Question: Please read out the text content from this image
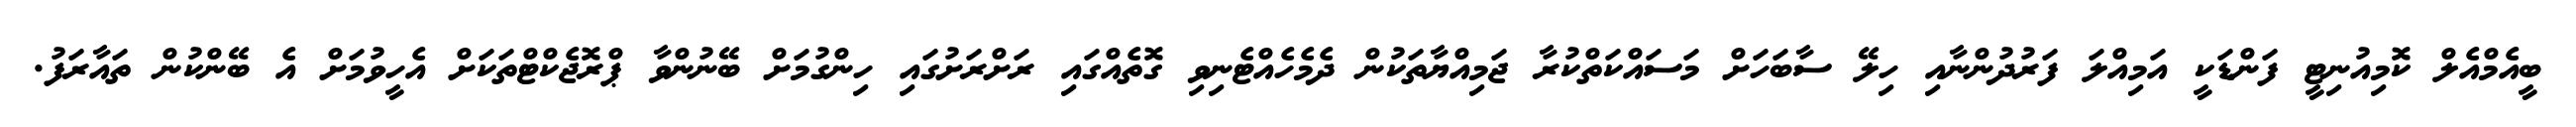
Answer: ބީއެމްއެލް ކޮމިއުނިޓީ ފަންޑަކީ އަމިއްލަ ފަރުދުންނާއި ހިލޭ ސާބަހަށް މަސައްކަތްކުރާ ޖަމިއްޔާތަކުން ދެމެހެއްޓެނިވި ގޮތެއްގައި ރަށްރަށުގައި ހިންގުމަށް ބޭނުންވާ ޕްރޮޖެކްޓްތަކަށް އެހީވުމަށް އެ ބޭންކުން ތައާރަފު.